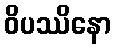
ဝိပဿိနော